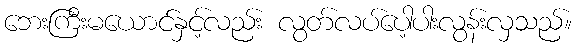
ဘေးကြီးမယောင်နှင့်လည်း လွတ်လပ်ပေါ့ပါးလွန်းလှသည်။